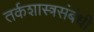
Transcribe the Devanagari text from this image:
तर्कशास्त्रसंबंधी